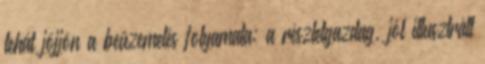
tehát jöjjön a beüzemelés folyamata; a részletgazdag, jól illusztrált